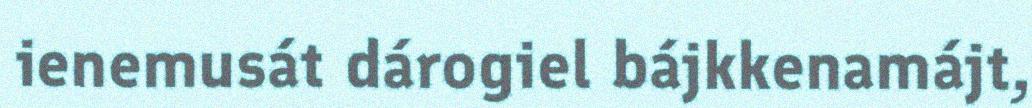
ienemusát dárogiel bájkkenamájt,